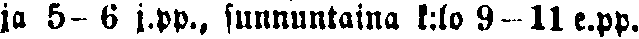
ja 5—6 j.pp., sunnuntaina k:loo 9—11 e.pp.